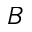
\boldsymbol { B }